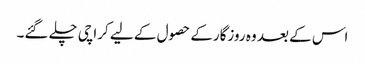
اس کے بعد وہ روزگارکے حصول کے لیے کراچی چلے گئے۔